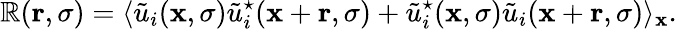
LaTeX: \mathbb{R}({\mathbf{r}},\sigma)=\langle\tilde{{u}}_{i}({\mathbf{x}},\sigma)\tilde{{u}}_{i}^{\star}({\mathbf{x}}+{\mathbf{r}},\sigma)+\tilde{{u}}_{i}^{\star}({\mathbf{x}},\sigma)\tilde{{u}}_{i}({\mathbf{x}}+{\mathbf{r}},\sigma)\rangle_{\mathbf{x}}.